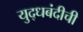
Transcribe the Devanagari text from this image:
युद्धबंदीची